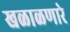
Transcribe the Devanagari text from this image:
खळाळणारे